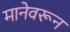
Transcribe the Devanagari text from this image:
मानेवरून